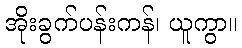
အိုးခွက်ပန်းကန်၊ ယူကွာ။